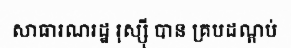
សាធារណរដ្ឋ រុស្ស៊ី បាន គ្របដណ្តប់